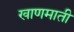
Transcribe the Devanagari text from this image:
खाणमाती